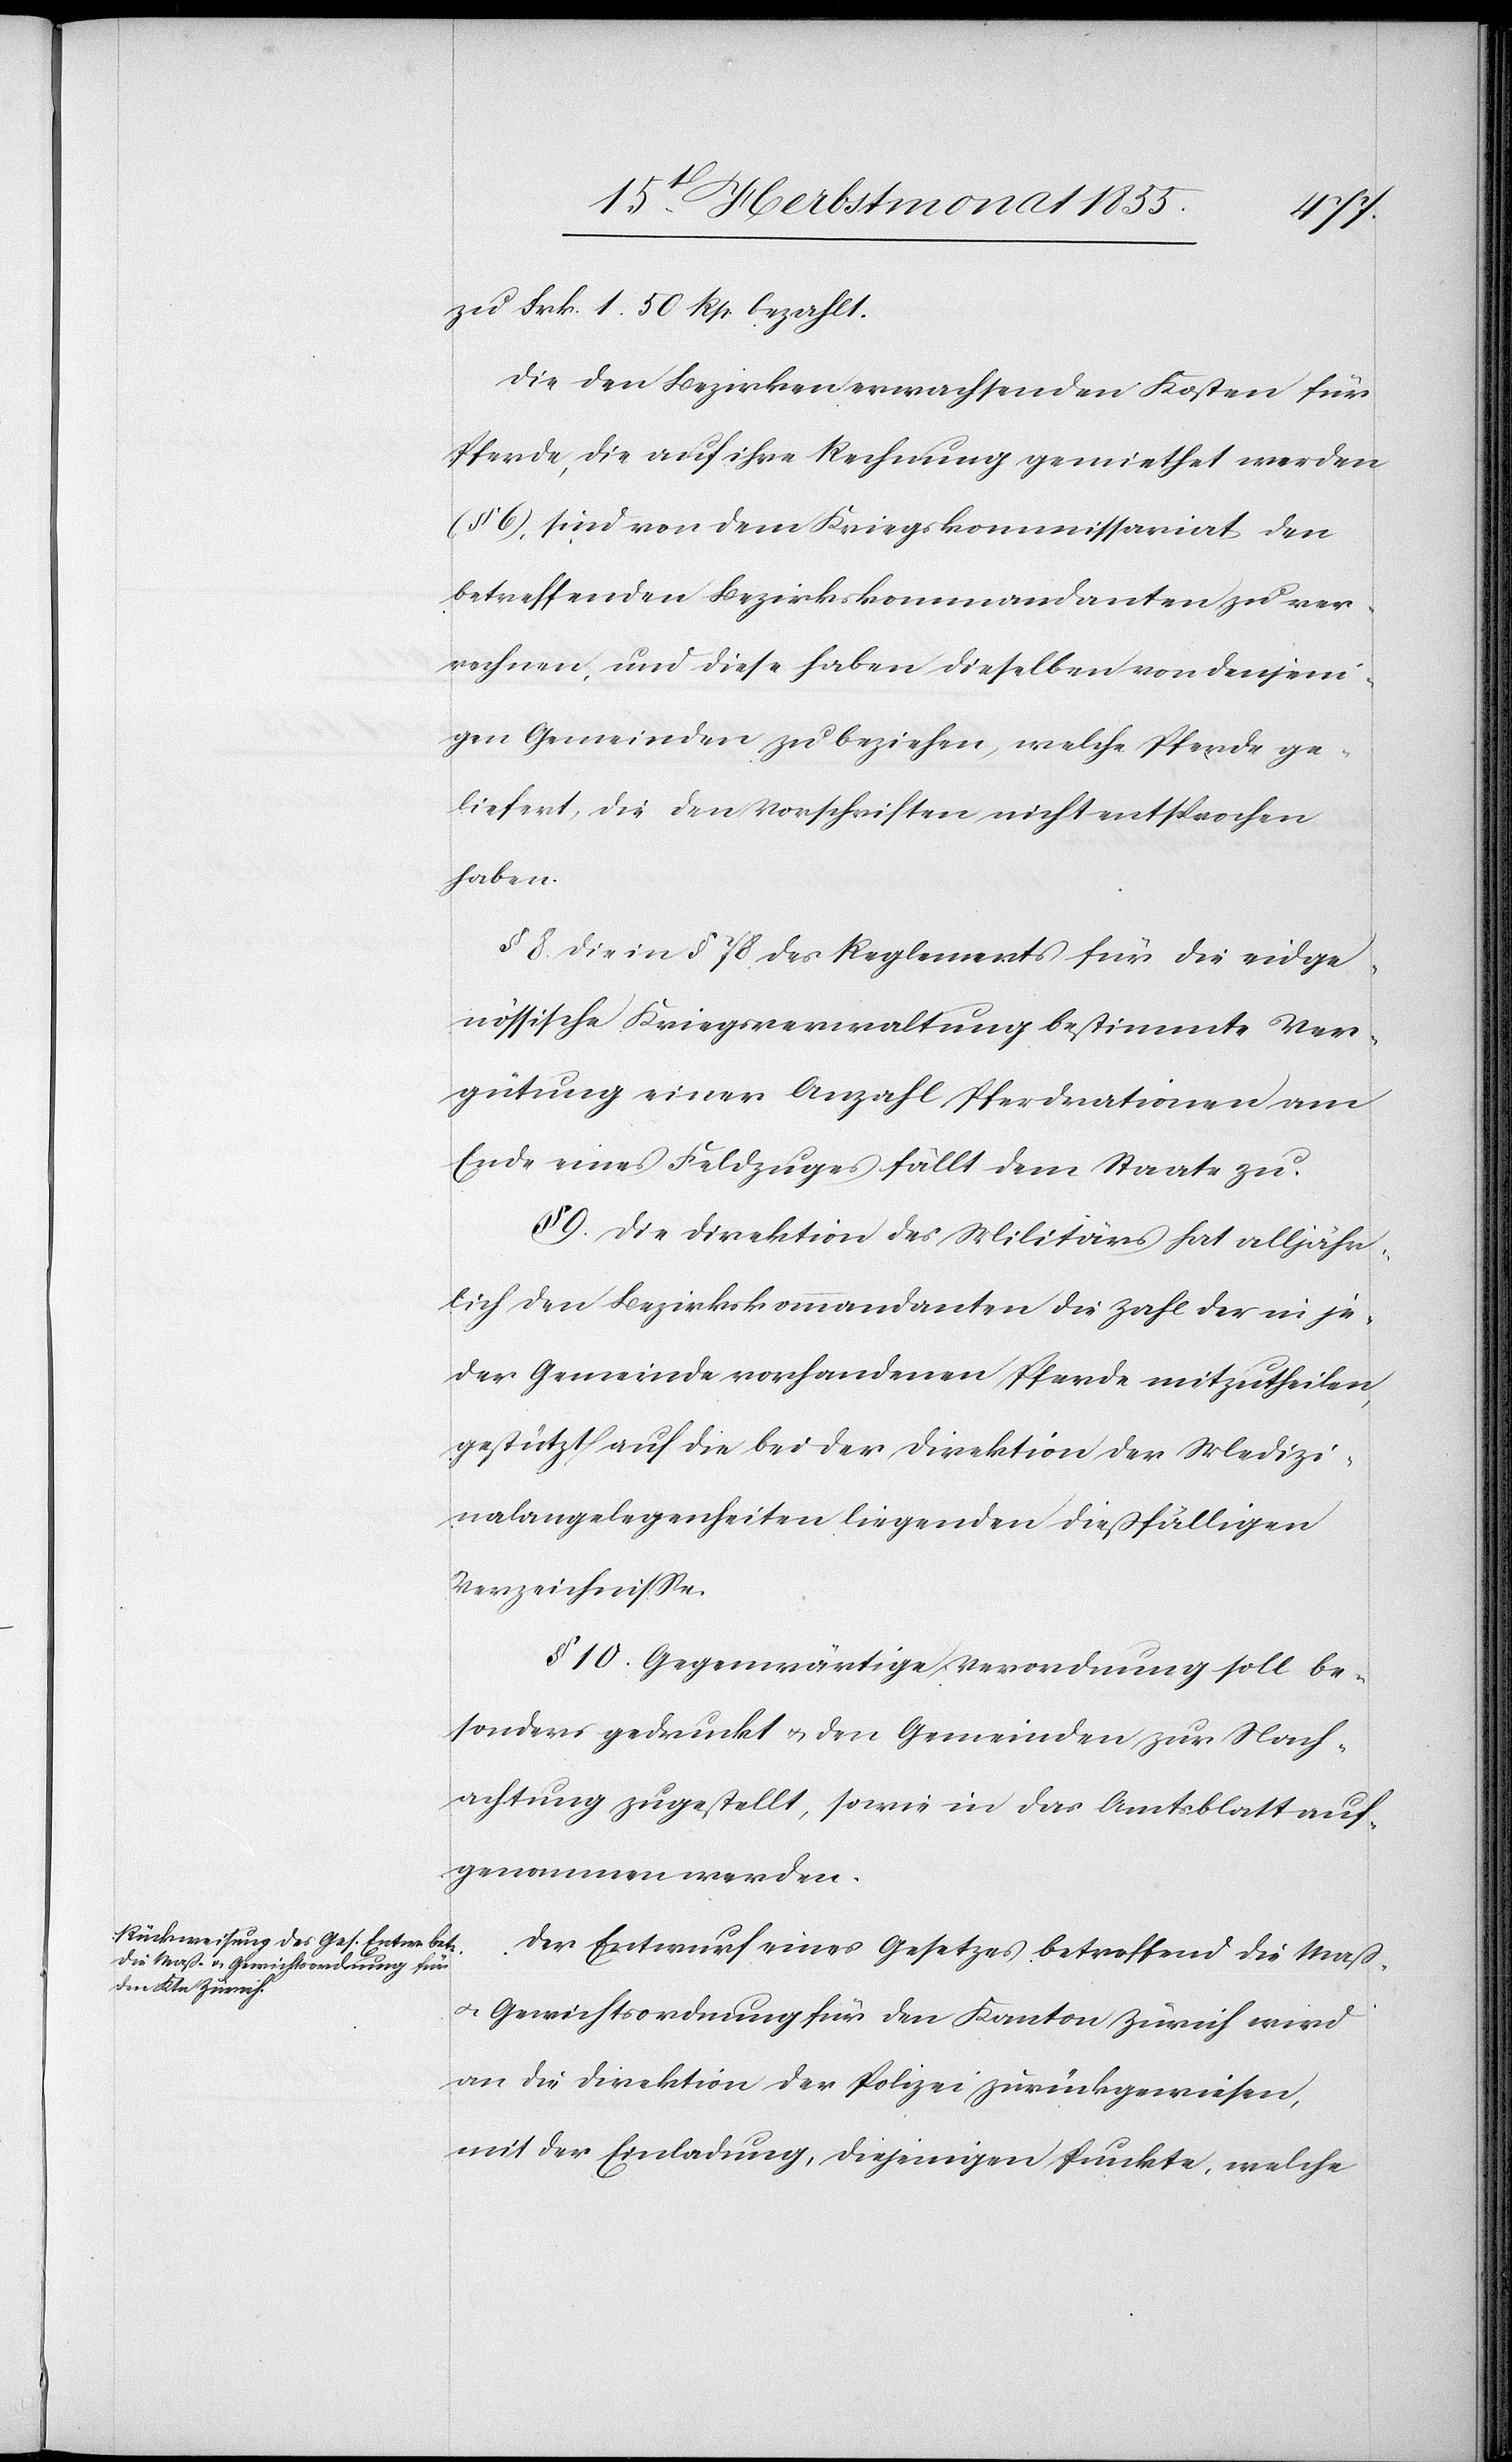
zu Frk. 1. 50 Rp. bezahlt.
Die den Bezirken erwachsenden Kosten für
Pferde, die auf ihre Rechnung gemiethet werden
(§ 6), sind von dem Kriegskommissariat den
betreffenden Bezirkskommandanten zu ver¬
rechnen, und diese haben dieselben von denjeni¬
gen Gemeinden zu beziehen, welche Pferde ge¬
liefert, die den Vorschriften nicht entsprochen
haben.
§ 8 Die in § 78 des Reglements für die eidge¬
nössische Kriegsverwaltung bestimmte Ver¬
gütung einer Anzahl Pferdrationen am
Ende eines Feldzuges fällt dem Staate zu.
§ 9. Die Direktion des Militärs hat alljähr¬
lich den Bezirkskommandanten die Zahl der in je¬
der Gemeinde vorhandenen Pferde mitzutheilen,
gestützt auf die bei der Direktion der Medizi¬
nalangelegenheiten liegenden dießfälligen
Verzeichnisse.
§ 10. Gegenwärtige Verordnung soll be¬
sonders gedruckt & den Gemeinden zur Nach¬
achtung zugestellt, sowie in das Amtsblatt auf¬
genommen werden.
Der Entwurf eines Gesetzes betreffend die Maß-
& Gewichtsordnung für den Kanton Zürich wird
an die Direktion der Polizei zurückgewiesen,
mit der Einladung, diejenigen Punkte, welche